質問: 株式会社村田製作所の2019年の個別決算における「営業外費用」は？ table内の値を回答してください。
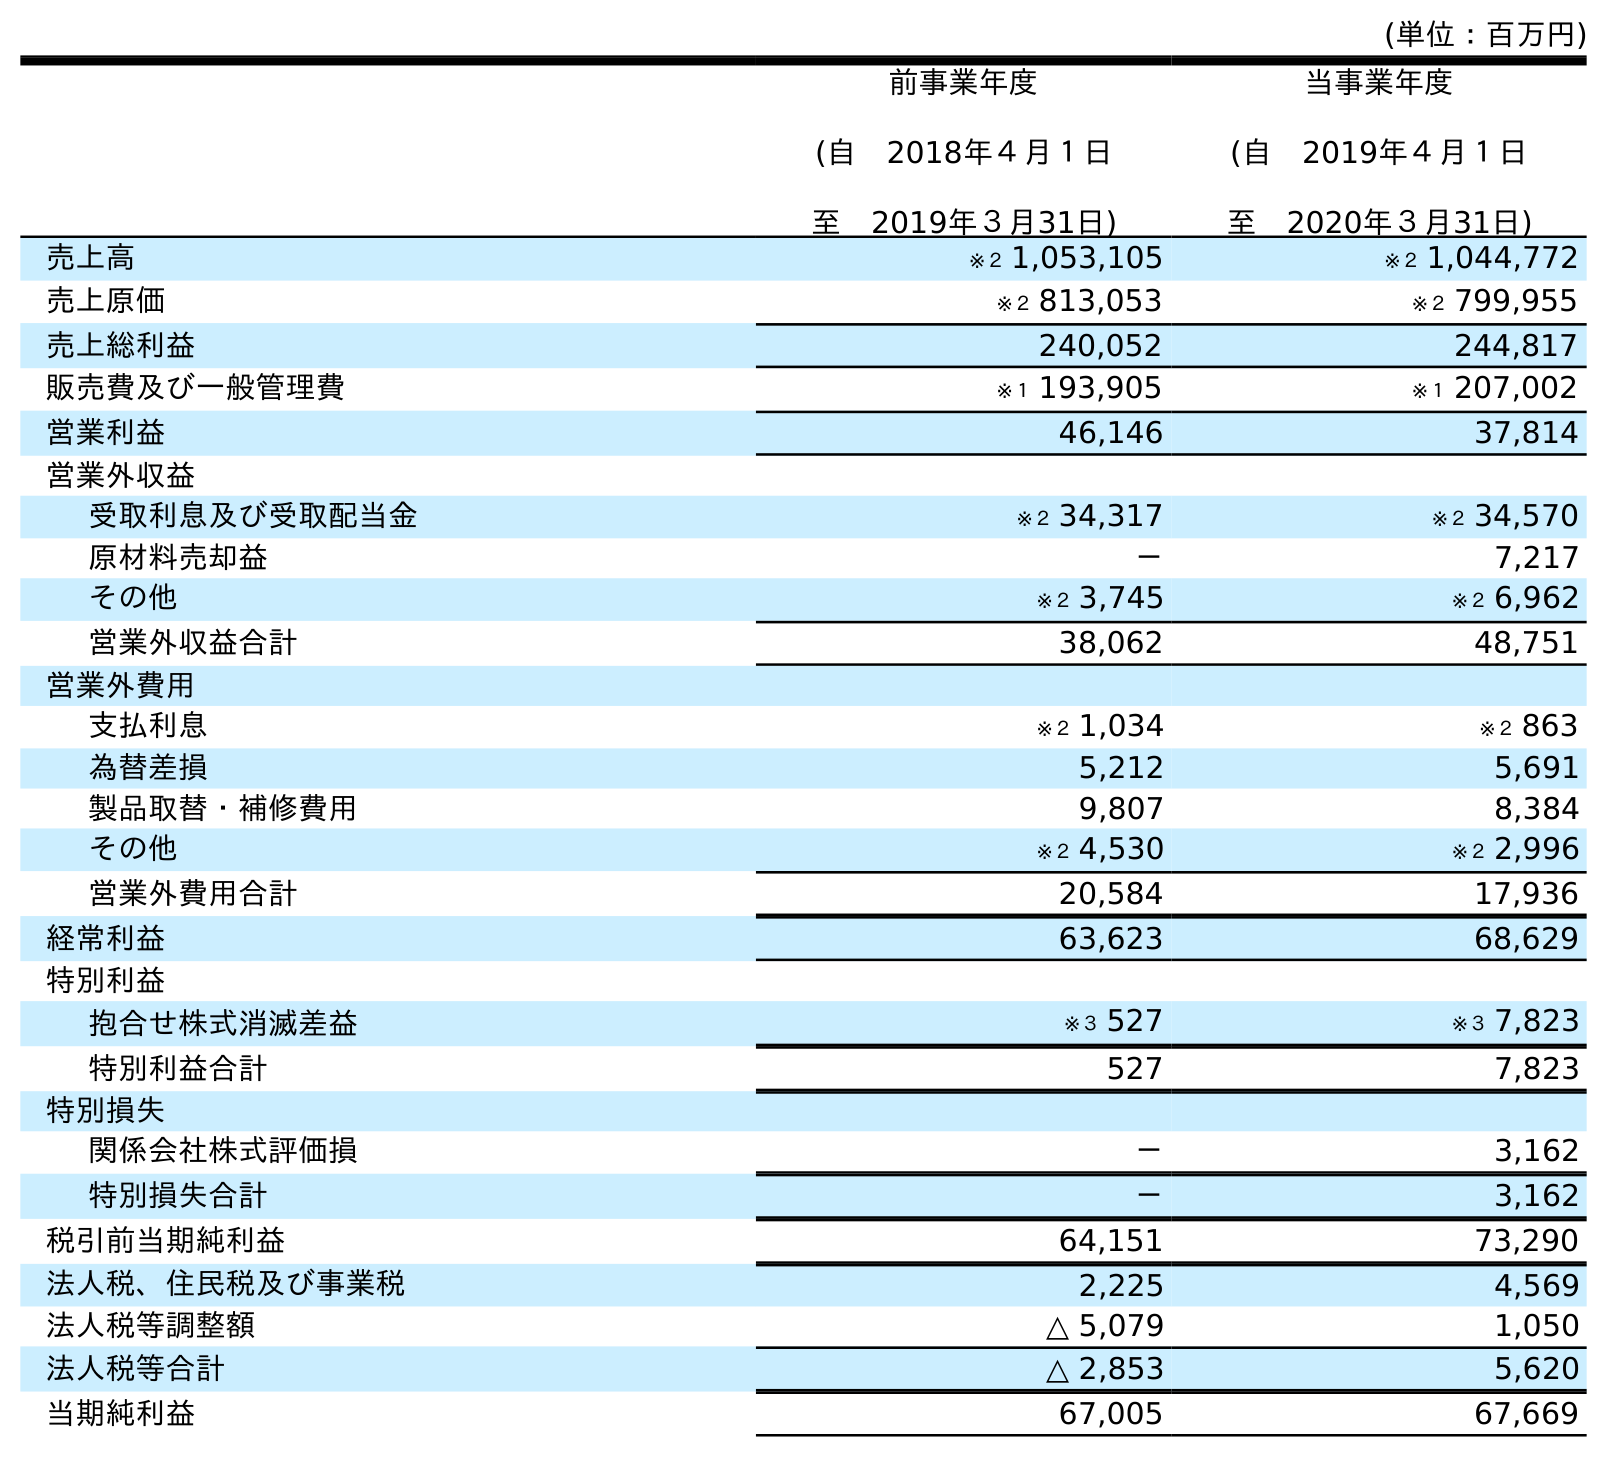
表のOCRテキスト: (単位：百万円) 前事業年度 (自 2018年４月１日 至 2019年３月31日) 当事業年度 (自 2019年４月１日 至 2020年３月31日) 売上高 ※２ 1,053,105 ※２ 1,044,772 売上原価 ※２ 813,053 ※２ 799,955 売上総利益 240,052 244,817 販売費及び一般管理費 ※１ 193,905 ※１ 207,002 営業利益 46,146 37,814 営業外収益 受取利息及び受取配当金 ※２ 34,317 ※２ 34,570 原材料売却益 － 7,217 その他 ※２ 3,745 ※２ 6,962 営業外収益合計 38,062 48,751 営業外費用 支払利息 ※２ 1,034 ※２ 863 為替差損 5,212 5,691 製品取替・補修費用 9,807 8,384 その他 ※２ 4,530 ※２ 2,996 営業外費用合計 20,584 17,936 経常利益 63,623 68,629 特別利益 抱合せ株式消滅差益 ※３ 527 ※３ 7,823 特別利益合計 527 7,823 特別損失 関係会社株式評価損 － 3,162 特別損失合計 － 3,162 税引前当期純利益 64,151 73,290 法人税、住民税及び事業税 2,225 4,569 法人税等調整額 △ 5,079 1,050 法人税等合計 △ 2,853 5,620 当期純利益 67,005 67,669
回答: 20,584